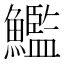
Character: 𩼳